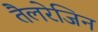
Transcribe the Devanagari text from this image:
तैलरेजिन